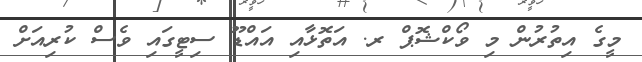
މީގެ އިތުރުން މި ވޯކްޝޮޕް ރ. އަތޮޅާއި އައްޑޫ ސިޓީގައި ވެސް ކުރިއަށް